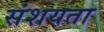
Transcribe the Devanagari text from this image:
संशयता